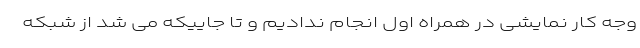
وجه کار نمایشی در همراه اول انجام ندادیم و تا جاییکه می شد از شبکه